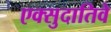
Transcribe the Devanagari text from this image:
एक्सुदातिवे